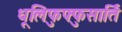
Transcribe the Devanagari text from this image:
धूलिफुफ्फुसार्ति